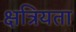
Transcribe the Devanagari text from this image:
क्षत्रियता